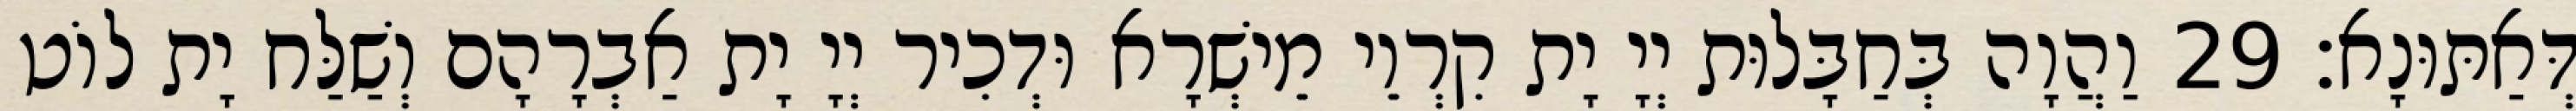
דְּאַתּוּנָא׃ 29 וַהֲוָה בְּחַבָּלוּת יְיָ יָת קִרְוֵי מֵישְׁרָא וּדְכִיר יְיָ יָת אַבְרָהָם וְשַׁלַּח יָת לוֹט